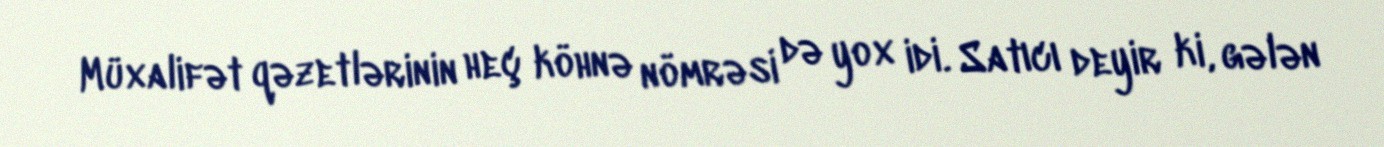
Müxalifət qəzetlərinin heç köhnə nömrəsi də yox idi. Satıcı deyir ki, gələn